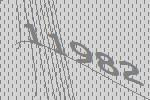
11982